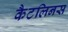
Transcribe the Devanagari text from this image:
कैटलिनस